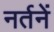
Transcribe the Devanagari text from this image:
नर्तनें